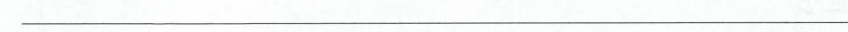
___